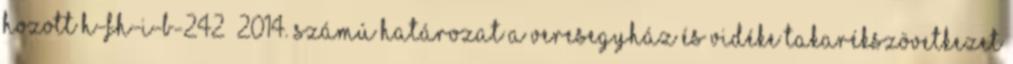
hozott H-FH-I-B-242 2014. számú határozat a Veresegyház és Vidéke Takarékszövetkezet